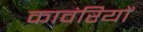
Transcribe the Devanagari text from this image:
कावंरियों